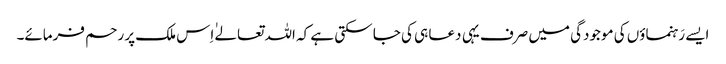
ایسے رَہنماؤں کی موجودگی میں صرف یہی دعا ہی کی جا سکتی ہے کہ اللہ تعالےٰ اِس ملک پر رحم فرمائے۔